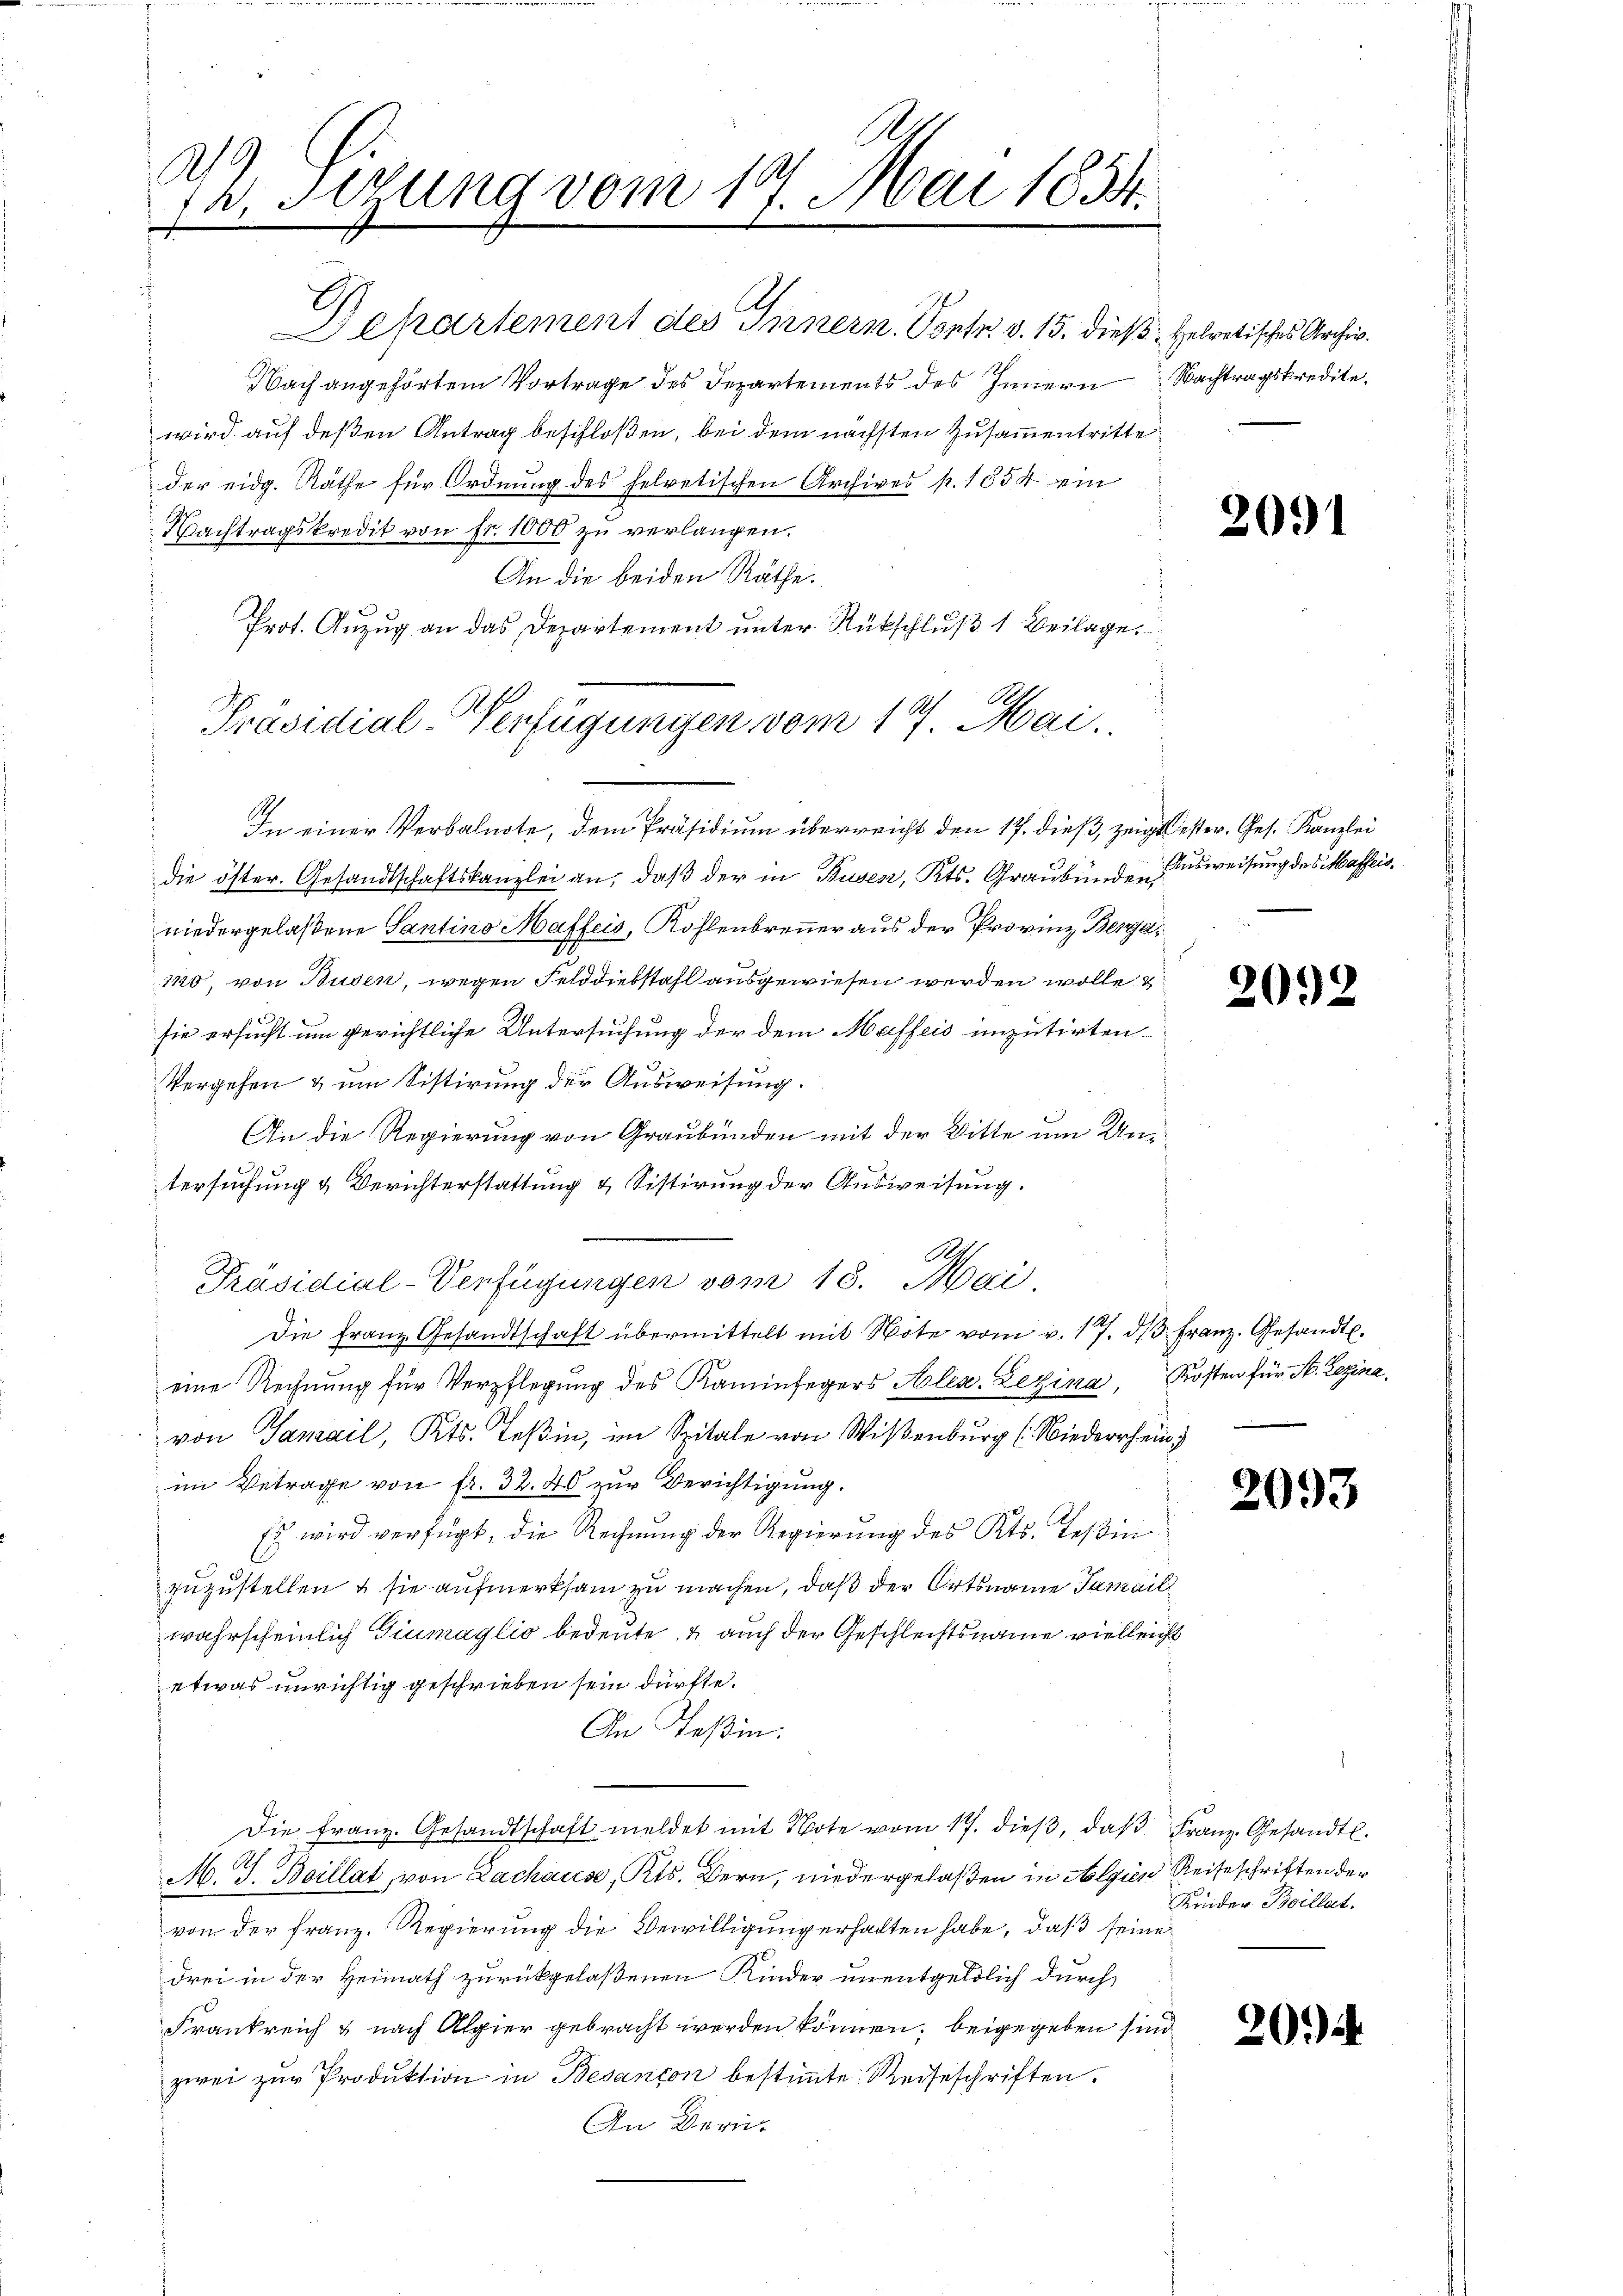
1
A
a. Sizung vom 17. Mai 1854.
J

Departement des Innern. Sontr. v. 15. dieß. Helvetisches Archiv.
Nach angehörtem Vortrage des Departements des Innern Nachtragskredite.
wird auf deßen Antrag beschloßen, bei dem nächsten Zusammentritte
der eidg. Räthe für Ordnung des helvetischen Archives p. 1854 ein
Nachtragskredit von fr. 1000 zu verlangen.
An die beiden Räthe.
Prot. Anzug an das Departement unter Rückschluß 1 Beilage.
In einer Verbalnote, dem Präsidium überreicht den 17. dieß, zeigtester. Ges. Kanzlei
die öster. Gesandtschaftskanzlei an, daß der in Busen, Kts. Graubündensweisung des Maffeisniedergelaßene Santino Maffeis, Kohlenbrenner aus der Provinz Berga¬
1
140, von Busen, wegen Felddiebstahl ausgewiesen werden wolle?
sie ersucht um gerichtliche Untersuchung der dem Maffeis imputirten
Vergehen & um Sistirung der Ausweisung.
An die Regierung von Graubünden mit der Bitte um Untersuchung & Berichterstattung & Sistirung der Ausweisung.
A
Präsidial-Verfügungen vom 18. Mai,
Die Franz Gesandtschaft übermittelt mit Note vom v. 17. dβ Franz. Gesandt.
eine Rechnung für Verpflegung des Kaminfegers Alex. Lezina, Kosten für St. Rezina
von Samail, Kts. Teßin, im Spitale von Wißenburg (Niederrhein
im Betrage von fr. 32. 40 zur Berichtigung.
Es wird verfügt, die Rechnung der Regierung des Kts. Teßin
zuzustellen & sie aufmerksam zu machen, daß der Ortsname Samail
wahrscheinlich Giumaglio bedeute & auch der Geschlechtsname vielleicht
etwas unrichtig geschrieben sein dürfte.
An Teßin.
Die Franz. Gesandtschaft meldet mit Note vom 17. dieß, daß Franz. Gesandt.
M. J. Beillat, von Zachause, Kts. Bern, niedergelaßen in Algien Reiseschriften der
von der Franz. Regierung die Bewilligung erhalten habe, daß seine
drei in der Heimath zurückgelaßenen Kinder unentgeldlich durch
Frankreich & nach Alpier gebracht werden können, beigegeben sind
zwei zur Produktion in Besançon bestimmte Reiseschriften.
An Bern

Präsidial-Verfügungen vom 17. Mai.

2091

2092

2093

Kinder Boillat.

20.)